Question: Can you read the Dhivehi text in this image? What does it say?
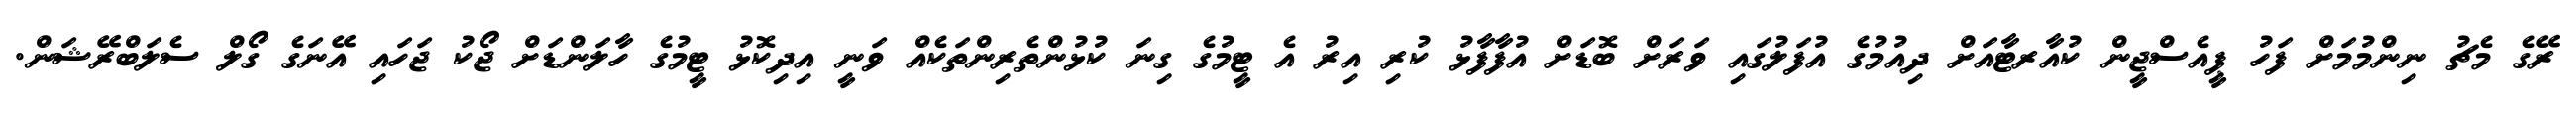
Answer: ރޭގެ މެޗު ނިންމުމަށް ފަހު ޕީއެސްޖީން ކުއާރޓާއަށް ދިއުމުގެ އުފަލުގައި ވަރަށް ބޮޑަށް އުފާފާޅު ކުރި އިރު އެ ޓީމުގެ ގިނަ ކުޅުންތެރިންތަކެއް ވަނީ އިދިކޮޅު ޓީމުގެ ހާލަންޑަށް ޖޯކު ޖަހައި އޭނަގެ ގޯލް ސެލަބްރޭޝަން.